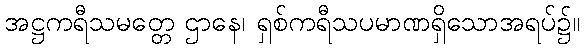
အဋ္ဌကရီသမတ္တေ ဌာနေ၊ ရှစ်ကရီသပမာဏရှိသောအရပ်၌။